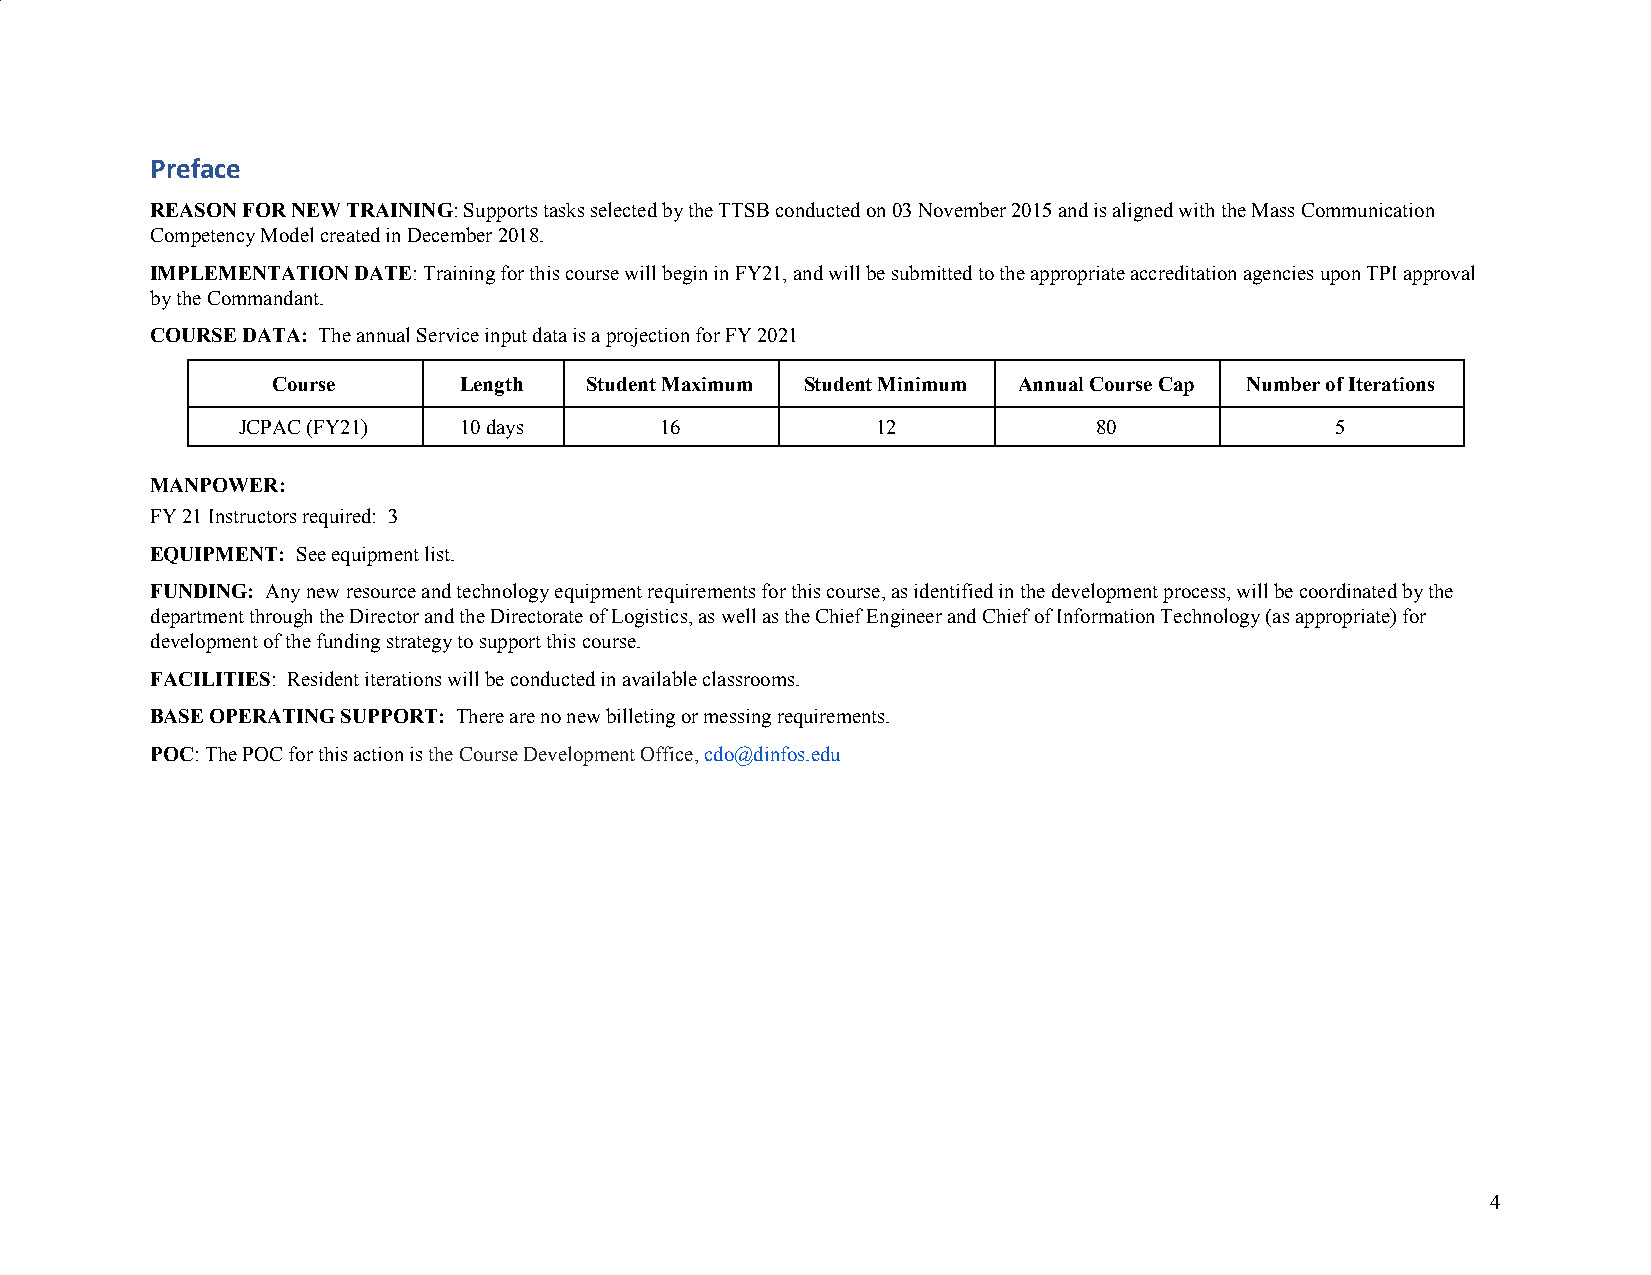
Preface
 REASON FOR NEW TRAINING: Supports tasks selected by the TTSB conducted on 03 November 2015 and is aligned with the Mass Communication
 ​
 Competency Model created in December 2018.
 IMPLEMENTATION DATE: Training for this course will begin in FY21, and will be submitted to the appropriate accreditation agencies upon TPI approval
 ​
 by the Commandant.
 COURSE DATA: The annual Service input data is a projection for FY 2021
 ​
 Course      Length   Student Maximum Student Minimum Annual Course Cap Number of Iterations
 JCPAC (FY21)  10 days       16            12             80             5
 MANPOWER:
 FY 21 Instructors required: 3
 EQUIPMENT: See equipment list.
 ​
 FUNDING: Any new resource and technology equipment requirements for this course, as identified in the development process, will be coordinated by the
 ​
 department through the Director and the Directorate of Logistics, as well as the Chief Engineer and Chief of Information Technology (as appropriate) for
 development of the funding strategy to support this course.
 FACILITIES: Resident iterations will be conducted in available classrooms.
 ​
 BASE OPERATING SUPPORT: There are no new billeting or messing requirements.
 ​
 POC: The POC for this action is the Course Development Office, cdo@dinfos.edu
 ​              ​                  ​
 4